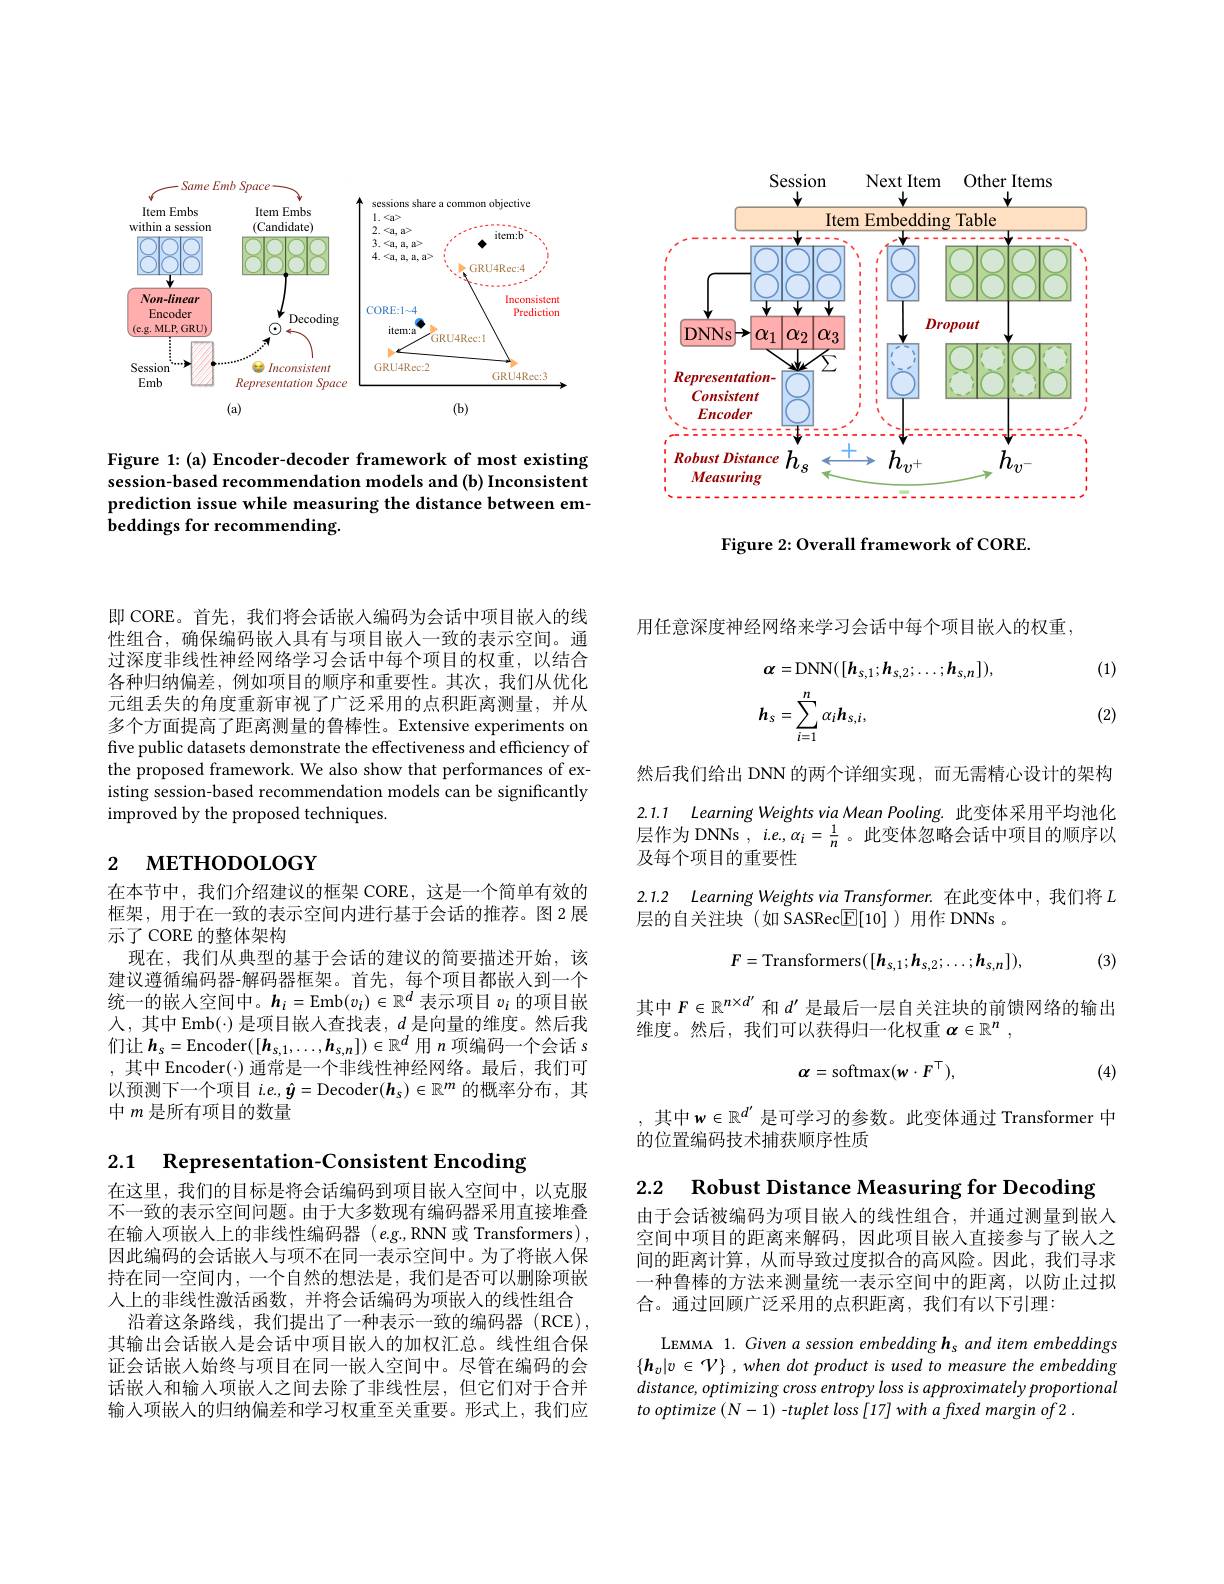
<FigureHere>

Figure 1: (a) Encoder-decoder framework of most existing session-based recommendation models and (b) Inconsistent prediction issue while measuring the distance between embeddings for recommending.

<FigureHere>

Figure 2: Overall framework of CORE.

即 CORE。首先，我们将会话嵌入编码为会话中项目嵌人的线性组合，确保编码嵌人具有与项目嵌人一致的表示空间。通过深度非线性神经网络学习会话中每个项目的权重，以结合各种归纳偏差，例如项目的顺序和重要性。其次，我们从优化元组丢失的角度重新审视了广泛采用的点积距离测量，并从多个方面提高了距离测量的鲁棒性。Extensive experiments on five public datasets demonstrate the effectiveness and efficiency of the proposed framework. We also show that performances of existing session-based recommendation models can be significantly improved by the proposed techniques.

# 2 мЕтнорогобү

在本节中，我们介绍建议的框架 CORE, 这是一个简单有效的框架，用于在一致的表示空间内进行基于会话的推荐。图 2展示了 CORE 的整体架构
现在，我们从典型的基于会话的建议的简要描述开始，该建议遵循编码器-解码器框架。首先，每个项目都嵌入到一个统一的嵌人空间中。$h_i=$Emb$(v_i)\in\mathbb{R}^d$表示项目$v_i$的项目嵌人，其中 Emb(·) 是项目嵌人查找表，$d$是向量的维度。然后我们让$\boldsymbol{h}_s=$Encoder$([\boldsymbol h_{s,1},\ldots,\boldsymbol{h}_{s,n}])\in\mathbb{R}^d$用$n$项编码一个会话 s ,其中 Encoder(·) 通常是一个非线性神经网络。最后，我们可以预测下一个项目$i.e.,\hat{\boldsymbol{y}}=$Decoder$(\boldsymbol h_s)\in\mathbb{R}^m$的概率分布，其中$m$是所有项目的数量

2.1 $\textbf{Representation- Consistent Encoding}$

在这里，我们的目标是将会话编码到项目嵌入空间中，以克服不一致的表示空间问题。由于大多数现有编码器采用直接堆叠在输入项嵌人上的非线性编码器$( e. g. $,RNN或 Transformers), 因此编码的会话嵌入与项不在同一表示空间中。为了将嵌人保持在同一空间内，一个自然的想法是，我们是否可以删除项嵌人上的非线性激活函数，并将会话编码为项嵌入的线性组合沿着这条路线，我们提出了一种表示一致的编码器(RCE),
其输出会话嵌人是会话中项目嵌人的加权汇总。线性组合保证会话嵌入始终与项目在同一嵌人空间中。尽管在编码的会话嵌人和输入项嵌人之间去除了非线性层，但它们对于合并输入项嵌入的归纳偏差和学习权重至关重要。形式上，我们应

用任意深度神经网络来学习会话中每个项目嵌人的权重

(1)
$$\begin{aligned}&\alpha=\mathrm{DNN}([\boldsymbol{h}_{s,1};\boldsymbol{h}_{s,2};\ldots;\boldsymbol{h}_{s,n}]),\\&\boldsymbol{h}_{s}=\sum_{i=1}^{n}\alpha_{i}\boldsymbol{h}_{s,i},\end{aligned}$$
(2)

然后我们给出 DNN 的两个详细实现，而无需精心设计的架构2.1.1 Learning Weights via Mean Pooling. 此变体采用平均池化层作为 DNNs $,i.e.,\alpha_i=\frac1n$ 。此变体忽略会话中项目的顺序以及每个项目的重要性

2.1.2 Learning Weights via Transformer.在此变体中，我们将$L$
层的自关注块(如 SASRec$\boxed{\mathrm{E}}[10]$)用作 DNNs 。
$$F=\mathrm{Transformers}([h_{s,1};h_{s,2};\ldots;h_{s,n}]),$$
(3)

其中$F\in\mathbb{R}^{n\times d^{\prime}}$和$d^{\prime}$是最后一层自关注块的前馈网络的输出
维度。然后，我们可以获得归一化权重$\alpha\in\mathbb{R}^n$,
$$\alpha=\mathrm{softmax}(w\cdot F^{\top}),$$
(4)

其中$w\in\mathbb{R}^{d^{\prime}}$ 是可学习的参数。此变体通过 Transformer 中
的位置编码技术捕获顺序性质

2.2 $\textbf{Robust Distance Measuring for Decoding}$
由于会话被编码为项目嵌人的线性组合，并通过测量到嵌入空间中项目的距离来解码，因此项目嵌入直接参与了嵌人之间的距离计算，从而导致过度拟合的高风险。因此，我们寻求一种鲁棒的方法来测量统一表示空间中的距离，以防止过拟合。通过回顾广泛采用的点积距离，我们有以下引理：

LEMMA 1. Given a session embedding hs and item embeddings $\{\boldsymbol{h}_v|v\in\mathcal{V}\}$ ,when dot product is used to measure the embedding distance, optimizing cross entropy loss is approximately proportional to optimize $(N-1)$ -tuplet loss [17]with a fixed margin of2 .